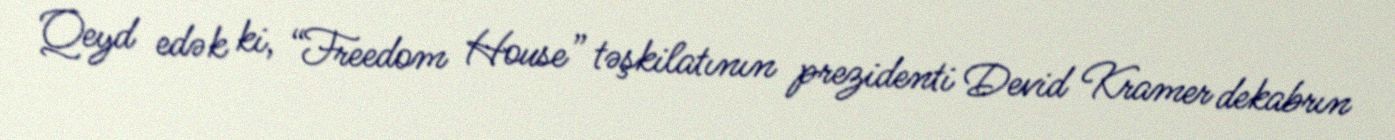
Qeyd edək ki, “Freedom House” təşkilatının prezidenti Devid Kramer dekabrın